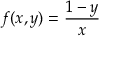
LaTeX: f ( x , y ) = { \frac { 1 - y } { x } }